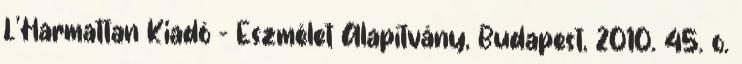
L’Harmattan Kiadó – Eszmélet Alapítvány, Budapest, 2010. 45. o.